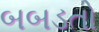
બબડતો